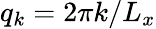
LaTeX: q_{k}=2\pi k/L_{x}